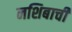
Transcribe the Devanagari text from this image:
नशिबाची